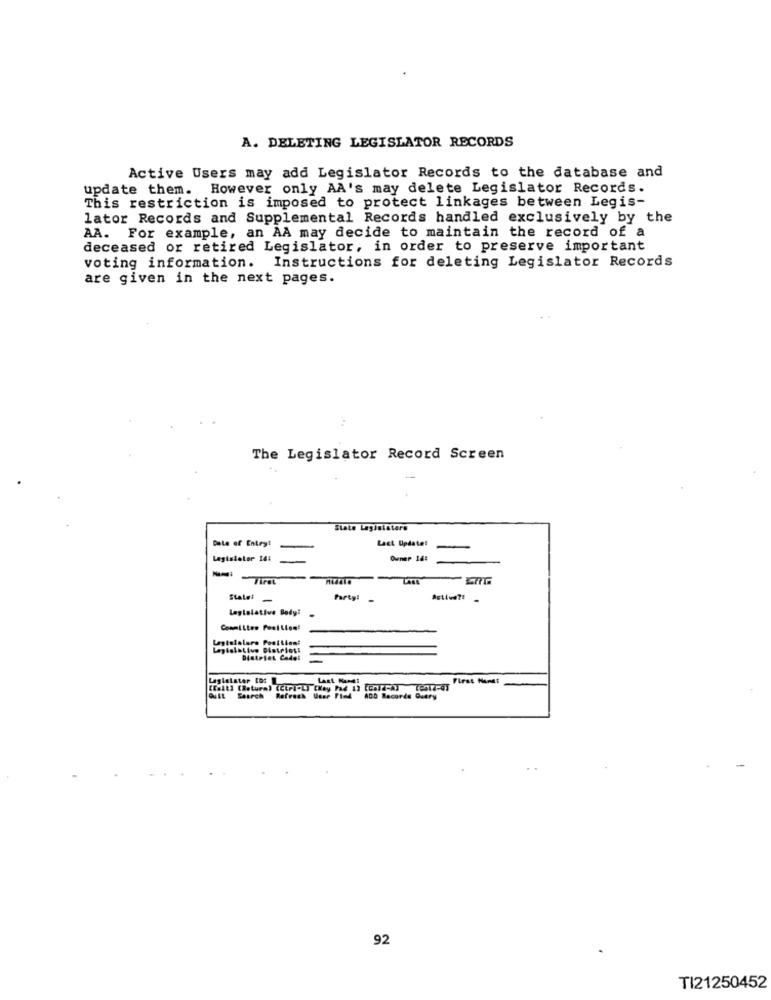
A. DELETING LEGISLATOR RECORDS
Active Users may add Legislator Records to the database and
update them. However only AA's may delete Legislator Records.
This restriction is imposed to protect linkages between Legis-
lator Records and Supplemental Records handled exclusively by the
AA. For example, an AA may decide to maintain the record of a
deceased or retired Legislator, in order to preserve important
voting information. Instructions for deleting Legislator Records
are given in the next pages.
The Legislator Record Screen
State Legislators
Date of Entry!
Last Update!
Legislator 14:
Owner 14:
Tiret
LAGE
States
Partyl
Activate
Legislativa Body:
Commilies Position!
Legislative Districts
Distriet Cedel
Laglelater tos
Last ManET
First Hanet
KEalt] (Retura) (Ctrl"L) (Key Pad 1] [Gold-A) (0512-03
GuLL Search
Refresh Wene Fled 400 Records Query
92
TI21250452